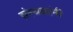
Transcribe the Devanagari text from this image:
संस्थळांनी